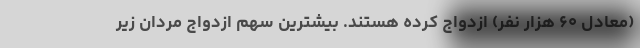
(معادل ۶۰ هزار نفر) ازدواج کرده هستند. بیشترین سهم ازدواج مردان زیر